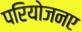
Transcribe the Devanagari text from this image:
परियोजनए